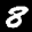
Label: 8